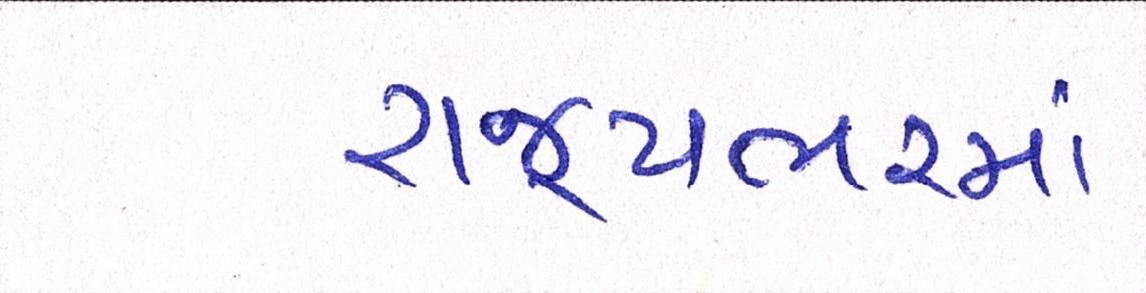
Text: રાજ્યભરમાં